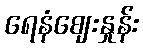
ရေနံဈေးနှုန်း